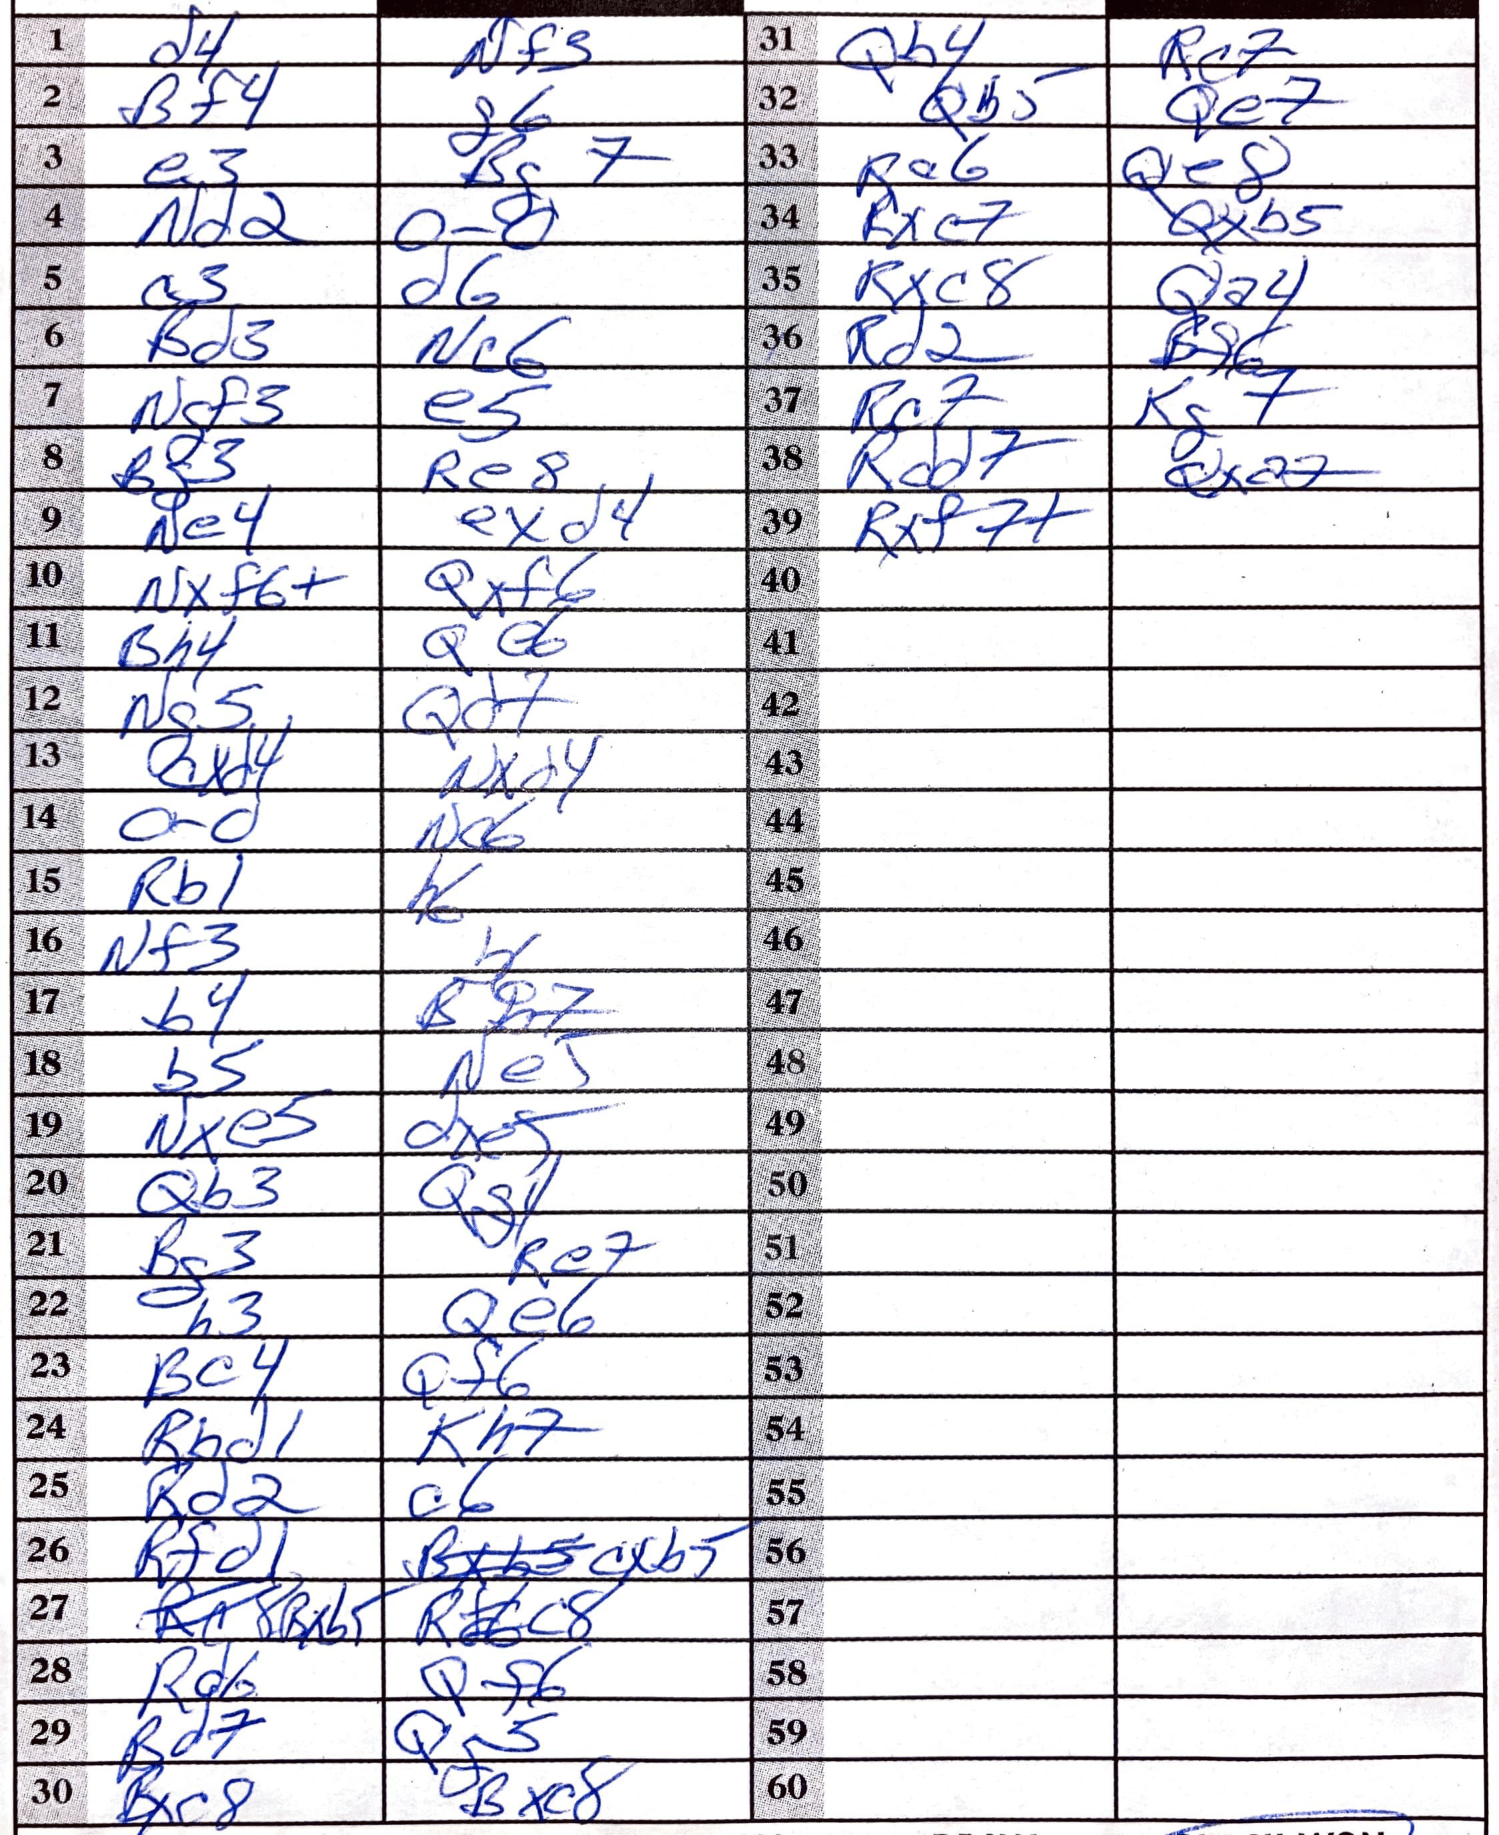
Moves: d4 Nf3 Bf4 g6 e3 Bg7 Nd2 O-O a3 d6 Bd3 Nc6 Ngf3 e5 Bf3 Re8 Ne4 exd4 Nxf6+ Qxf6 Bh4 Qe6 Ng5 Qd7 cxd4 Nxd4 O-O Nc6 Rb1 h6 Nf3 b6 b4 Bb7 b5 Ne5 Nxe5 dxe5 Qb3 Qg4 Bg3 Re7 h3 Qe6 Bc4 Qf6 Rbd1 Kh7 Rd2 c6 Rfd1 cxb5 Bxb5 Rc8 Rd6 Qf6 Bd7 Qg5 Bxc8 Bxc8 Qb4 Rc7 Qb5 Qe7 Ra6 Qe8 Rxc7 Qxb5 Rxc8 Qa4 Rd2 Bf6 Rc7 Kg7 Rdd7 Qxa2 Rxf7+